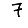
Digit: 7